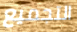
التجميع